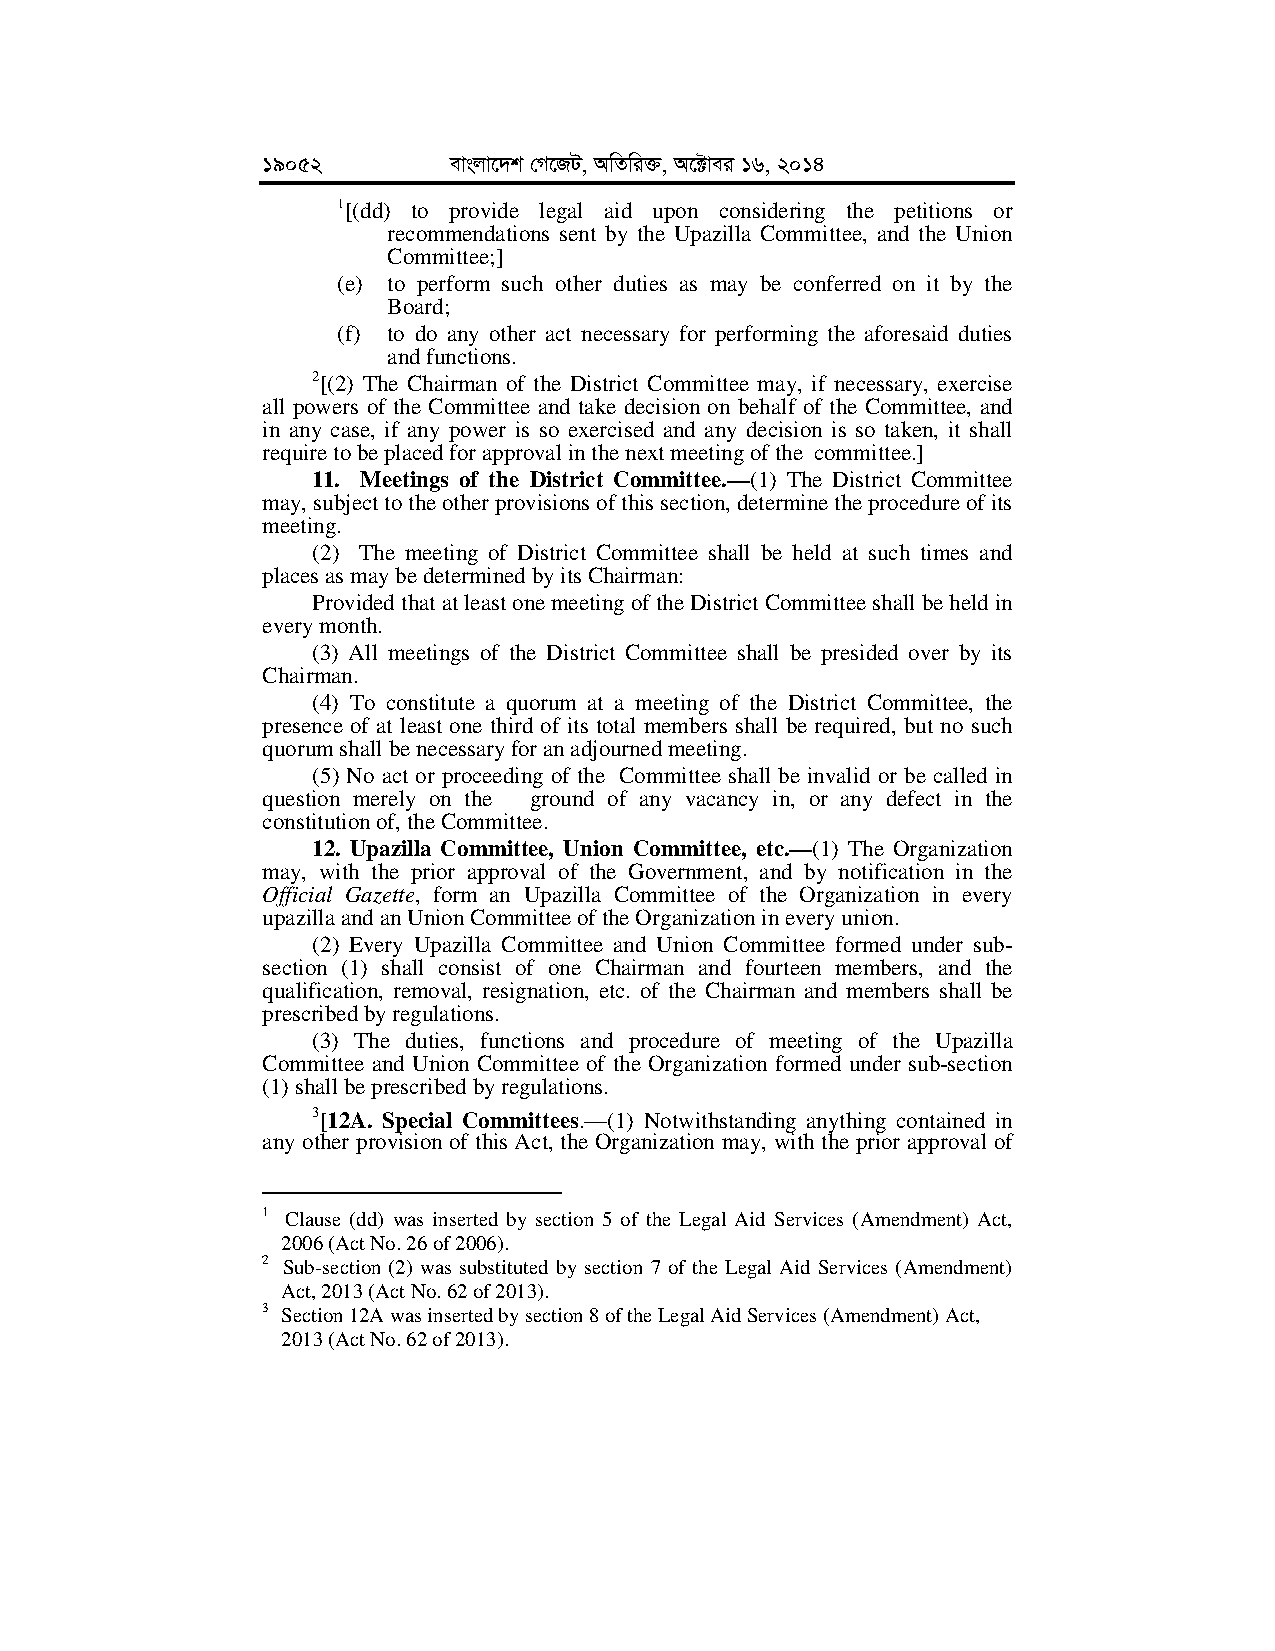
19052        evsjv‡`k †M‡RU, AwZwi³, A‡±vei 16, 2014
 1[(dd) to provide legal aid upon considering the petitions or
 recommendations sent by the Upazilla Committee, and the Union
 Committee;]
 (e) to perform such other duties as may be conferred on it by the
 Board;
 (f) to do any other act necessary for performing the aforesaid duties
 and functions.
 2[(2) The Chairman of the District Committee may, if necessary, exercise
 all powers of the Committee and take decision on behalf of the Committee, and
 in any case, if any power is so exercised and any decision is so taken, it shall
 require to be placed for approval in the next meeting of the committee.]
 11. Meetings of the District Committee.—(1) The District Committee
 may, subject to the other provisions of this section, determine the procedure of its
 meeting.
 (2) The meeting of District Committee shall be held at such times and
 places as may be determined by its Chairman:
 Provided that at least one meeting of the District Committee shall be held in
 every month.
 (3) All meetings of the District Committee shall be presided over by its
 Chairman.
 (4) To constitute a quorum at a meeting of the District Committee, the
 presence of at least one third of its total members shall be required, but no such
 quorum shall be necessary for an adjourned meeting.
 (5) No act or proceeding of the Committee shall be invalid or be called in
 question merely on the ground of any vacancy in, or any defect in the
 constitution of, the Committee.
 12. Upazilla Committee, Union Committee, etc.—(1) The Organization
 may, with the prior approval of the Government, and by notification in the
 Official Gazette, form an Upazilla Committee of the Organization in every
 upazilla and an Union Committee of the Organization in every union.
 (2) Every Upazilla Committee and Union Committee formed under sub-
 section (1) shall consist of one Chairman and fourteen members, and the
 qualification, removal, resignation, etc. of the Chairman and members shall be
 prescribed by regulations.
 (3) The duties, functions and procedure of meeting of the Upazilla
 Committee and Union Committee of the Organization formed under sub-section
 (1) shall be prescribed by regulations.
 3[12A. Special Committees.—(1) Notwithstanding anything contained in
 any other provision of this Act, the Organization may, with the prior approval of
 1 Clause (dd) was inserted by section 5 of the Legal Aid Services (Amendment) Act,
 2006 (Act No. 26 of 2006).
 2 Sub-section (2) was substituted by section 7 of the Legal Aid Services (Amendment)
 Act, 2013 (Act No. 62 of 2013).
 3 Section 12A was inserted by section 8 of the Legal Aid Services (Amendment) Act,
 2013 (Act No. 62 of 2013).